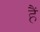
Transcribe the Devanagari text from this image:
हैं